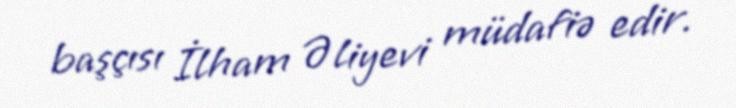
başçısı İlham Əliyevi müdafiə edir.